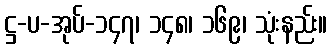
ဋ္ဌ-ပ-အုပ်-၁၄၇၊ ၁၄၈၊ ၁၆၉၊ သုံးနည်း။